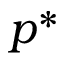
p ^ { * }